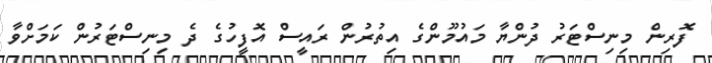
ފޮރިން މިނިސްޓަރު ދުންޔާ މައުމޫންގެ އިތުރުން ރައީސް އޮފީހުގެ ދެ މިނިސްޓަރުން ކަމަށްވާ